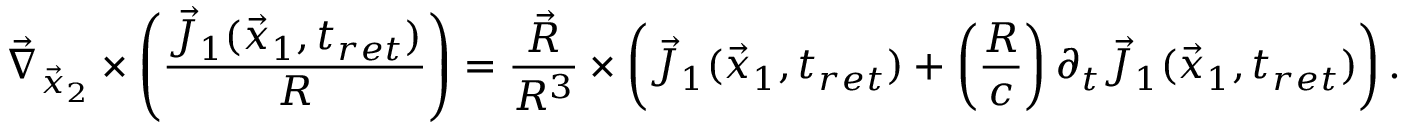
\vec { \nabla } _ { \vec { x } _ { 2 } } \times \left( \frac { \vec { J } _ { 1 } ( \vec { x } _ { 1 } , t _ { r e t } ) } { R } \right) = \frac { \vec { R } } { R ^ { 3 } } \times \left( \vec { J } _ { 1 } ( \vec { x } _ { 1 } , t _ { r e t } ) + \left( \frac { R } { c } \right) \partial _ { t } \vec { J } _ { 1 } ( \vec { x } _ { 1 } , t _ { r e t } ) \right) .